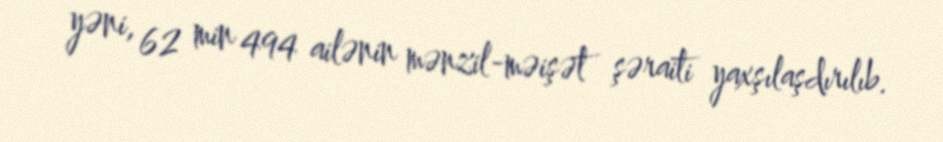
yəni, 62 min 494 ailənin mənzil-məişət şəraiti yaxşılaşdırılıb.